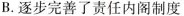
B.逐步完善了责任内阁制度